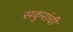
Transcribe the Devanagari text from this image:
सकुरांची